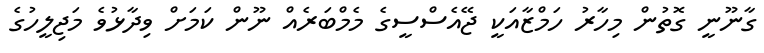
ގާނޫނީ ގޮތުން މިހާރު ހަމްޒާއަކީ ޖޭއެސްސީގެ މެމްބަރެއް ނޫން ކަމަށް ވިދާޅުވެ މަޖިލީހުގެ